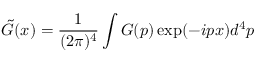
\tilde { G } ( x ) = \frac { 1 } { ( 2 \pi ) ^ { 4 } } \int G ( p ) \exp ( - i p x ) d ^ { 4 } p